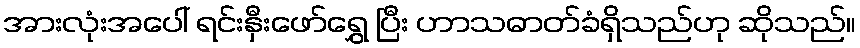
အားလုံးအပေါ် ရင်းနှီးဖော်ရွှေ ပြီး ဟာသဓာတ်ခံရှိသည်ဟု ဆိုသည်။